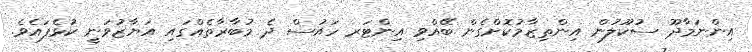
އިންނަމާދޫ ސުކޫލުން އިންތިޒާމުކޮށްގެން ބޭއްވި އިންޓަރ ހައުސް ދެ މުބާރާތެއްގައި އަޔާޒުވަނީ ކުޅެފައެވެ.